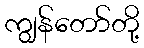
ကျွန်တော်တို့